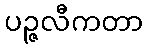
ပဉ္ဇလီကတာ